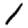
Digit: 1